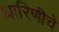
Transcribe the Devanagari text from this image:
धारिणीचे